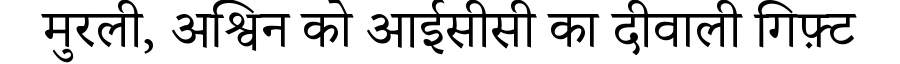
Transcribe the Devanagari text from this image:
मुरली, अश्विन को आईसीसी का दीवाली गिफ़्ट